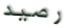
رصيد